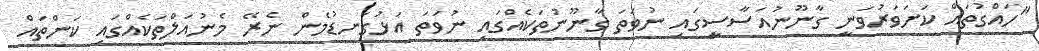
"ހައްގުތައް ކަށަވަރުވަނީ ގާނޫނުއަސާސީގައި ނުވަތަ ގާނޫނުތަކެއްގައި ނުވަތަ އަޅުގަނޑުމެން ނެރޭ މެނުއަލްތަކެއްގައި ކަންތައް